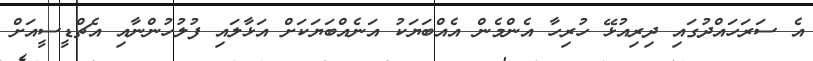
އެ ސަރަހައްދުގައި ދިރިއުޅޭ ހުރިހާ އެންމެން އެއްބަޔަކު އަނެއްބަޔަކަށް އަޅާލައި ފުލުހުންނާއި އެޗްޑީސީއަށް